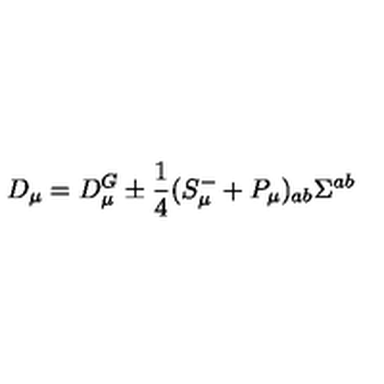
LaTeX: D _ { \mu } = D _ { \mu } ^ { G } \pm \frac 1 4 ( S _ { \mu } ^ { - } + P _ { \mu } ) _ { a b } \Sigma ^ { a b }